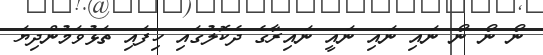
ނޯ ނޯ ނޯ ނައި ނައި ނައީ ނައިރާގެ ދެކޮލުގައި ހިފައި ތަޅުވަމުންދިޔަ